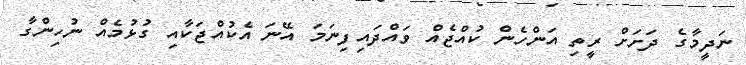
ނަދީމާގެ ދަށަށް ރީތި އަންހެން ކުއްޖެއް ވައްދައިފިނަމަ އޭނަ އެކުއްޖަކާއި ގުޅުމެއް ނުހިންގާ